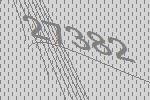
27382